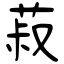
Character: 菽